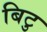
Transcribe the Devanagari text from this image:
बिटु